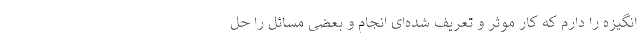
انگیزه را دارم که کار موثر و تعریف شده‌ای انجام و بعضی مسائل را حل